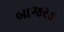
બાજરડા